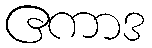
ဧကာဒ